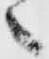
へ